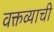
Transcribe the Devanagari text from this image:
वक्तव्याची